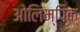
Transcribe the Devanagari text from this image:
ओलिम्पिक्